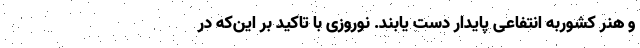
و هنر کشوربه انتفاعی پایدار دست یابند. نوروزی با تاکید بر این‌که در